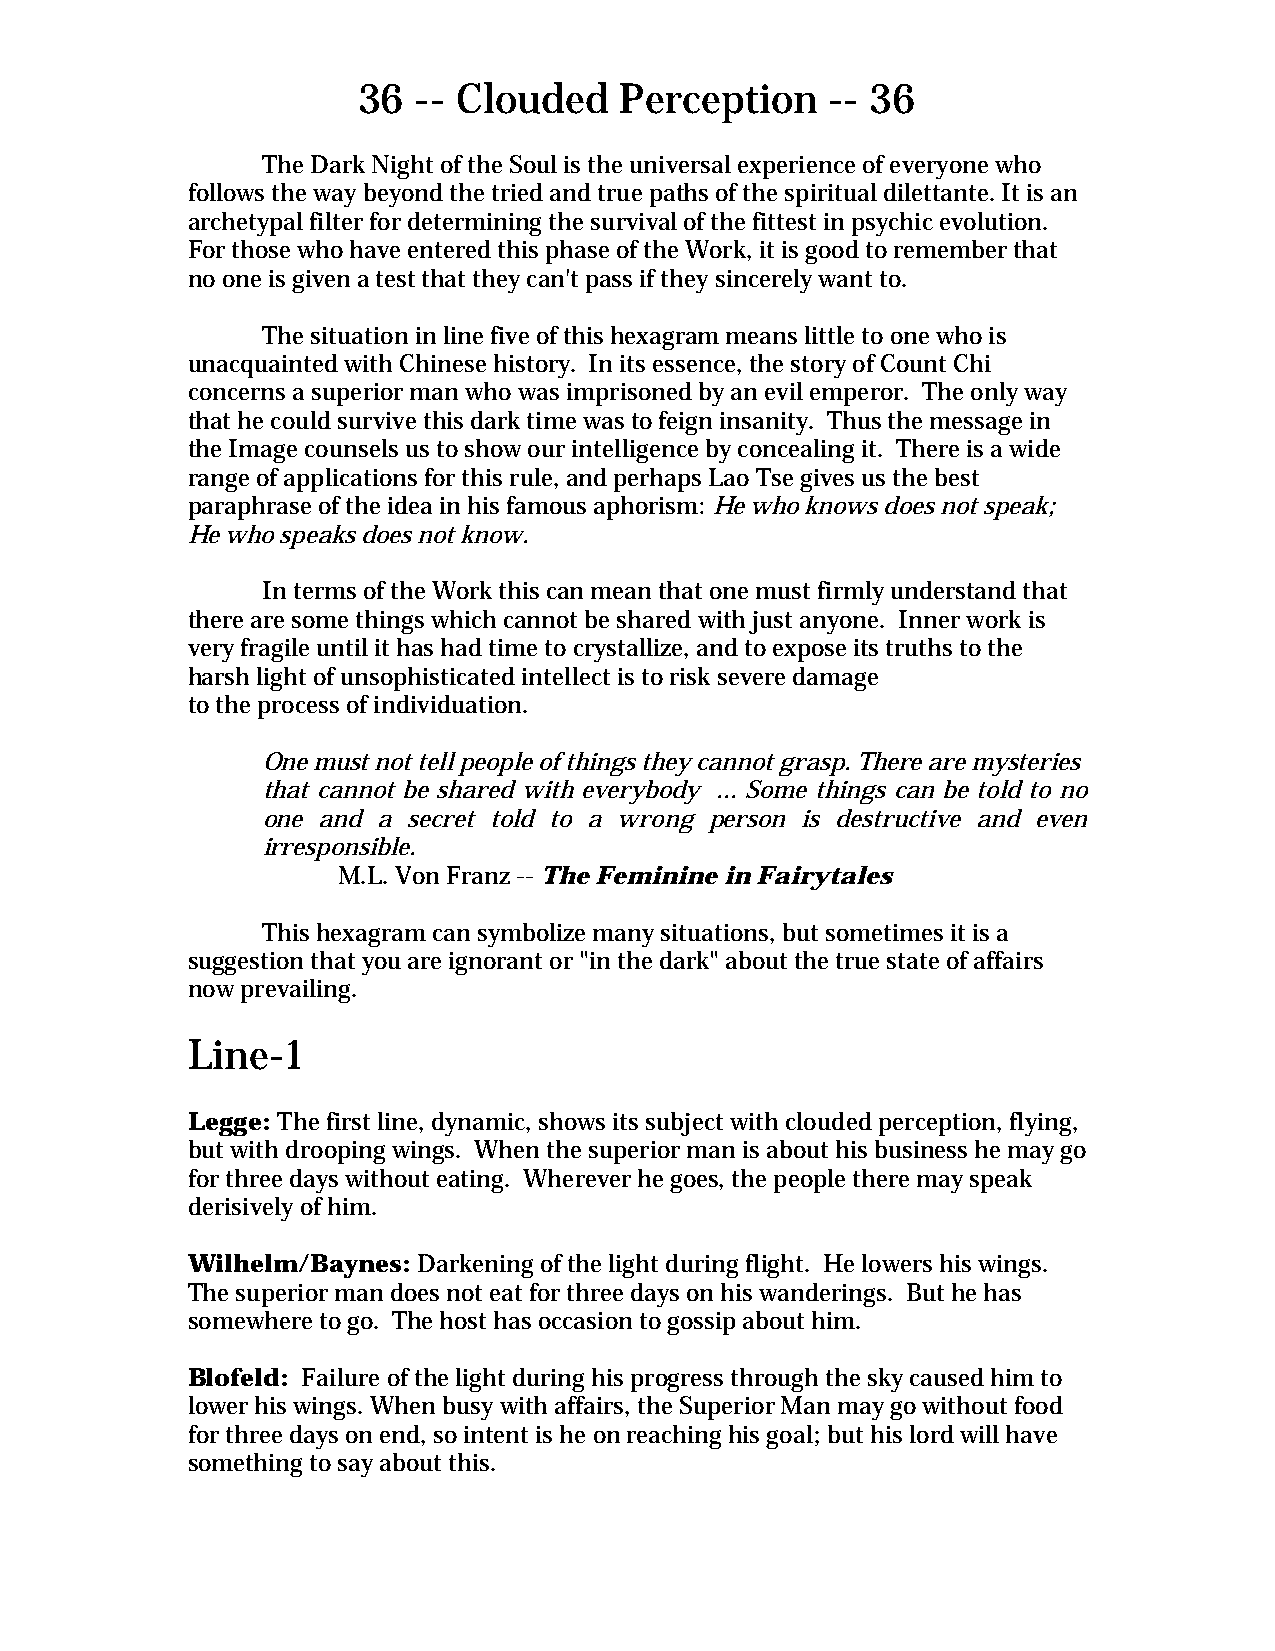
36 -- Clouded    Perception    -- 36
 The Dark Night of the Soul is the universal experience of everyone who
 follows the way beyond the tried and true paths of the spiritual dilettante. It is an
 archetypal filter for determining the survival of the fittest in psychic evolution.
 For those who have entered this phase of the Work, it is good to remember that
 no one is given a test that they can't pass if they sincerely want to.
 The situation in line five of this hexagram means little to one who is
 unacquainted with Chinese history. In its essence, the story of Count Chi
 concerns a superior man who was imprisoned by an evil emperor. The only way
 that he could survive this dark time was to feign insanity. Thus the message in
 the Image counsels us to show our intelligence by concealing it. There is a wide
 range of applications for this rule, and perhaps Lao Tse gives us the best
 paraphrase of the idea in his famous aphorism: He who knows does not speak;
 He who speaks does not know.
 In terms of the Work this can mean that one must firmly understand that
 there are some things which cannot be shared with just anyone. Inner work is
 very fragile until it has had time to crystallize, and to expose its truths to the
 harsh light of unsophisticated intellect is to risk severe damage
 to the process of individuation.
 One must not tell people of things they cannot grasp. There are mysteries
 that cannot be shared with everybody ... Some things can be told to no
 one and a secret told to a wrong person is destructive and even
 irresponsible.
 M.L. Von Franz -- The Feminine in Fairytales
 This hexagram can symbolize many situations, but sometimes it is a
 suggestion that you are ignorant or "in the dark" about the true state of affairs
 now prevailing.
 Line-1
 Legge: The first line, dynamic, shows its subject with clouded perception, flying,
 but with drooping wings. When the superior man is about his business he may go
 for three days without eating. Wherever he goes, the people there may speak
 derisively of him.
 Wilhelm/Baynes: Darkening of the light during flight. He lowers his wings.
 The superior man does not eat for three days on his wanderings. But he has
 somewhere to go. The host has occasion to gossip about him.
 Blofeld: Failure of the light during his progress through the sky caused him to
 lower his wings. When busy with affairs, the Superior Man may go without food
 for three days on end, so intent is he on reaching his goal; but his lord will have
 something to say about this.